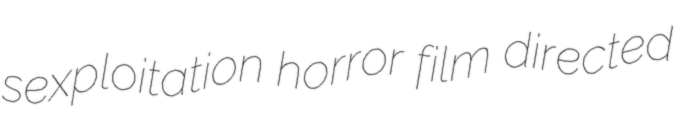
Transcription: sexploitation horror film directed